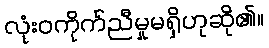
လုံးဝကိုက်ညီမှုမရှိဟုဆို၏။